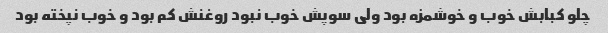
چلو کبابش خوب و خوشمزه بود ولی سوپش خوب نبود روغنش کم بود و خوب نپخته بود